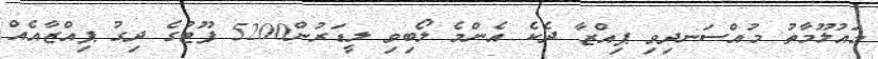
މައުލޫމާތު މުއްސަނދިވި ޕިއްޒާ ދެކެ އެންމެ ލޯބިވި ލީޑަރުން5200 ފޫޓުގެ ދިގު ޕިއްޒާއެއް